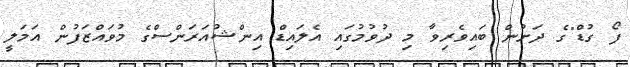
ފޯ ގުޑް"ގެ ދަށުން ބައިވެރިވާ މި ދުވުމުގައި އެލައިޑް އިންޝުއަރަންސްގެ މުވައްޒަފުން އަމަލީ